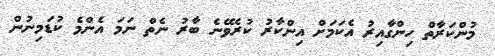
މުންކަރާތް ހިންގާއިރު އެކަމަށް އިންކާރު ކުރެވޭނެ ބާރު ނެތް ނަމަ އެންމެ ކުޑަމިނުން